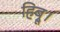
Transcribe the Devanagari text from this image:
हिब्रू।